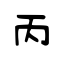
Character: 丙